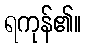
ရကုန်၏။